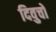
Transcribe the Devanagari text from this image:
दिवुचो